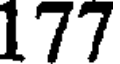
177